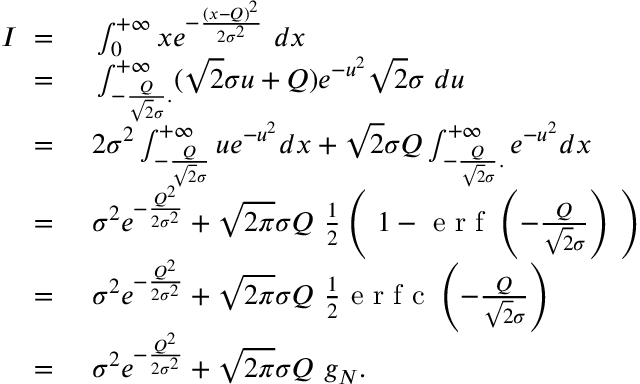
\begin{array} { r l } { I \ = \ } & { { } \int _ { 0 } ^ { + \infty } x e ^ { - \frac { ( x - Q ) ^ { 2 } } { 2 \sigma ^ { 2 } } } \ d x } \\ { \ = \ } & { { } \int _ { - \frac { Q } { \sqrt { 2 } \sigma } . } ^ { + \infty } ( \sqrt { 2 } \sigma u + Q ) e ^ { - u ^ { 2 } } \sqrt { 2 } \sigma \ d u } \\ { \ = \ } & { { } 2 \sigma ^ { 2 } \int _ { - \frac { Q } { \sqrt { 2 } \sigma } } ^ { + \infty } u e ^ { - u ^ { 2 } } d x + \sqrt { 2 } \sigma Q \int _ { - \frac { Q } { \sqrt { 2 } \sigma } . } ^ { + \infty } e ^ { - u ^ { 2 } } d x } \\ { \ = \ } & { { } \sigma ^ { 2 } e ^ { - \frac { Q ^ { 2 } } { 2 \sigma ^ { 2 } } } + \sqrt { 2 \pi } \sigma Q \ \frac { 1 } { 2 } \left( \ 1 - \mathrm { ~ e ~ r ~ f ~ } \left( - \frac { Q } { \sqrt { 2 } \sigma } \right) \ \right) } \\ { \ = \ } & { { } \sigma ^ { 2 } e ^ { - \frac { Q ^ { 2 } } { 2 \sigma ^ { 2 } } } + \sqrt { 2 \pi } \sigma Q \ \frac { 1 } { 2 } \mathrm { ~ e ~ r ~ f ~ c ~ } \left( - \frac { Q } { \sqrt { 2 } \sigma } \right) } \\ { \ = \ } & { { } \sigma ^ { 2 } e ^ { - \frac { Q ^ { 2 } } { 2 \sigma ^ { 2 } } } + \sqrt { 2 \pi } \sigma Q \ g _ { N } . } \end{array}